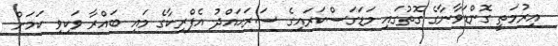
އިރުމަތީ ގޮންޑަވާނާގެ ގޮތުގައި މަޑަގަސްކަރައިގެ ސަރަޙައްދު އެފްރިކާގެ މައި ބައްރާ ވަކިވި ކަމަށް